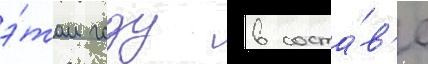
э́том году в соста́в'е